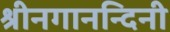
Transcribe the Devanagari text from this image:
श्रीनगानन्दिनी